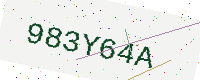
Text: 983Y64A